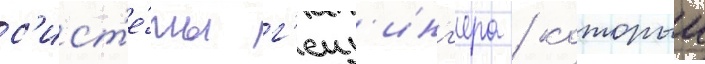
с'ист'е́мы г'еиз'инг'ера / которыи